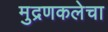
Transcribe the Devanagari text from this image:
मुद्रणकलेचा